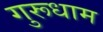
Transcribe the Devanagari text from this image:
गुरूधाम